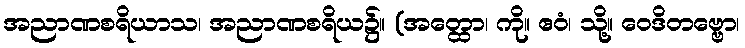
အညာဏစရိယာသ၊ အညာဏစရိယ၌။ (အတ္ထော၊ ကို။ ဧဝံ၊ သို့။ ဝေဒိတဗ္ဗော၊